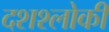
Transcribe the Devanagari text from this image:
दशश्लोकी